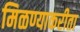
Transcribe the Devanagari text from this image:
मिळण्याकरीता